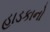
હાડકાનો